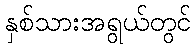
နှစ်သားအရွယ်တွင်